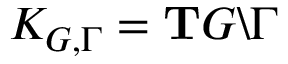
K _ { G , \Gamma } = \mathrm { \bf T } G \backslash \Gamma